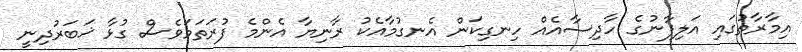
އިމާރާތުގައި އަލިފާނުގެ ހާދިސާއެއް ހިނގިކަން އެނގުމާއެކު ރާނިޔާ އެންމެ ފުރަތަމަވެސް ގުޅާ ޚަބަރުދިނީ